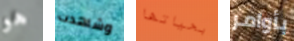
هو وشاهدت بحياتها بأوامر